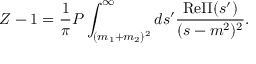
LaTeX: Z - 1 = \frac { 1 } { \pi } { \cal P } \int _ { ( m _ { 1 } + m _ { 2 } ) ^ { 2 } } ^ { \infty } d s ^ { \prime } \frac { \mathrm { R e } \Pi ( s ^ { \prime } ) } { ( s - m ^ { 2 } ) ^ { 2 } } .